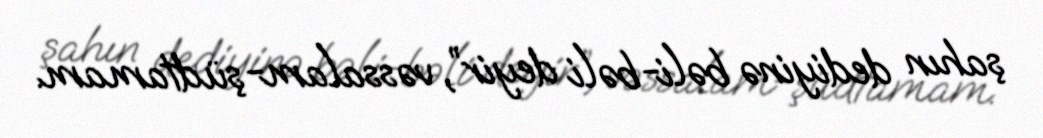
şahın dediyinə bəli-bəli deyir”, vəssalam-şüdtamam.